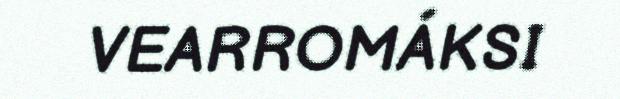
VEARROMÁKSI